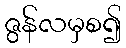
ဇွန်လမှစ၍